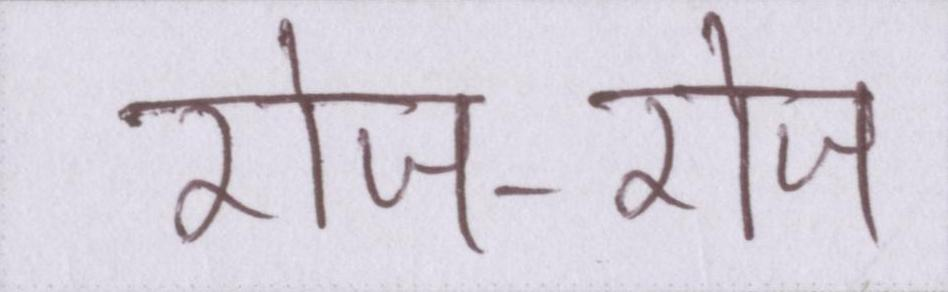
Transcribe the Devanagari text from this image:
रोज-रोज